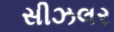
સીઝલર